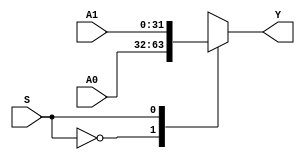
`timescale 1ns / 1ps
//////////////////////////////////////////////////////////////////////////////////
// Company: 
// Engineer: 
// 
// Design Name: 
// Module Name: MUX2X32
// Project Name: 
// Target Devices: 
// Tool Versions: 
// Description: 
// 
// Dependencies: 
// 
// Revision:
// Revision 0.01 - File Created
// Additional Comments:
// 
//////////////////////////////////////////////////////////////////////////////////


module MUX2X32(A0,A1,S,Y);
    input [31:0] A0,A1;
    input S;
    output [31:0] Y;
    function [31:0] select;
        input [31:0] A0,A1;
        input S;
            case (S)
                0:select = A0;
                1:select = A1;
            endcase
    endfunction
    assign Y = select(A0,A1,S);
endmodule


module MUX2X32_TEST;
    reg [31:0] A0,A1;
    reg S;
    wire [31:0] Y;
    MUX2X32 MUX2X32_test(.A0(A0), .A1(A1), .S(S), .Y(Y));
        initial begin;
          A0 = 'b11111111111111111111111111111111;
          A1 = 'b00100010001000100010001000100010;
          S = 1;
          
          #20;
          
           A0 = 'b11111111111111111111111111111111;
           A1 = 'b00100010001000100010001000100010;
           S = 0;
        end
endmodule